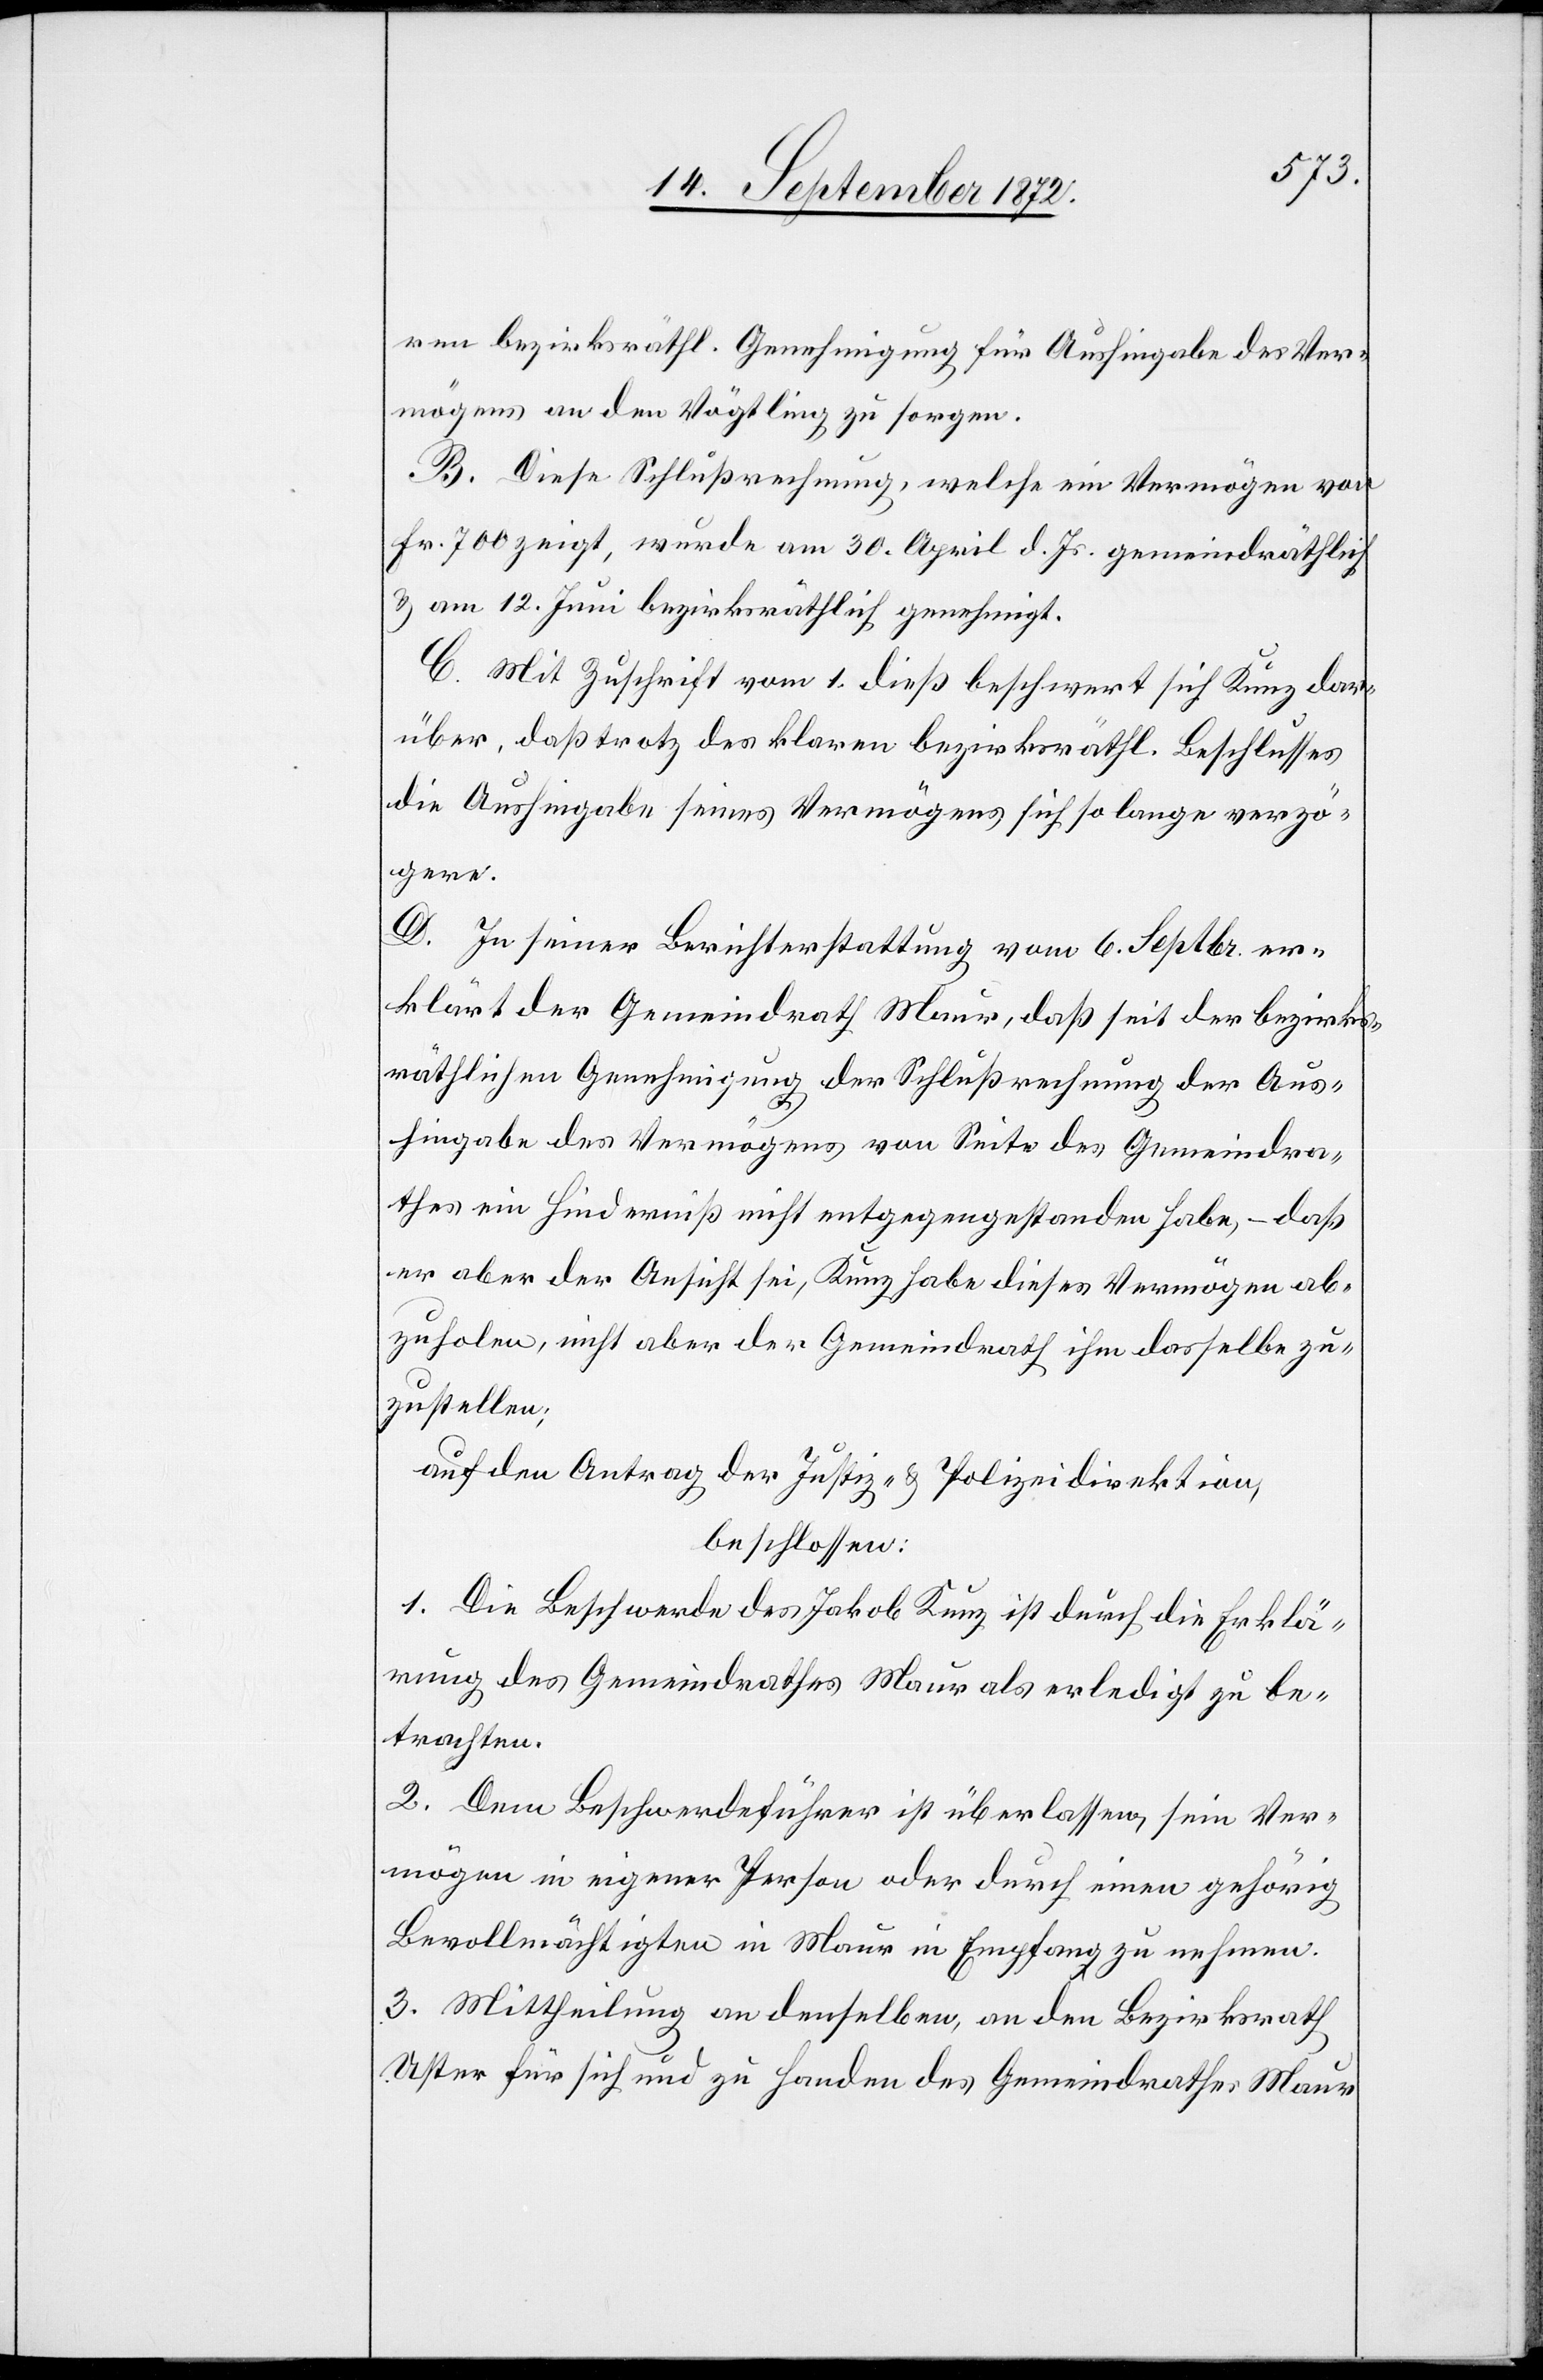
ren bezirksräthl. Genehmigung für Aushingabe des Ver¬
mögens an den Vögtling zu sorgen.
B. Diese Schlußrechnung, welche ein Vermögen von
Fr. 700 zeigt, wurde am 30. April d. Js. gemeindräthlich.
u. am 12. Juni bezirksräthlich genehmigt.
C. Mit Zuschrift vom 1. dieß beschwert sich Künz dar¬
über, daß trotz des klaren bezirksräthl. Beschlusses
die Aushingabe seines Vermögens sich so lange verzö¬
gere.
D. In seiner Berichterstattung vom 6. Septbr. er¬
klärt der Gemeindrath Maur, daß seit der bezirks¬
räthlichen Genehmigung der Schlußrechnung der Aus¬
hingabe des Vermögens von Seite des Gemeindra¬
thes ein Hinderniß nicht entgegengestanden habe, – daß
er aber der Ansicht sei, Kunz habe dieses Vermögen ab¬
zuholen, nicht aber der Gemeindrath ihm dasselbe zu¬
zustellen.
auf den Antrag der Justiz- u. Polizeidirektion,
beschlossen:
1. Die Beschwerde des Jakob Kunz ist durch die Erklä¬
rung des Gemeindrathes Maur als erledigt zu be¬
trachten.
2. Dem Beschwerdeführer ist überlassen, sein Ver¬
mögen in eigener Person oder durch einen gehörig
Bevollmächtigten in Maur in Empfang zu nehmen.
3. Mittheilung an denselben, an den Bezirksrath
Uster für sich und zu Handen des Gemeindrathes Maur